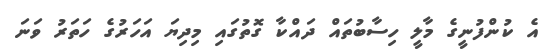
އެ ކުންފުނީގެ މާލީ ހިސާބުތައް ދައްކާ ގޮތުގައި މިދިޔަ އަހަރުގެ ހަތަރު ވަނަ